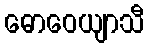
ဓောဝေယျာသီ